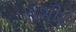
રાશીદ